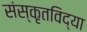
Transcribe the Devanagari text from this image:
संस्कृतविद्या